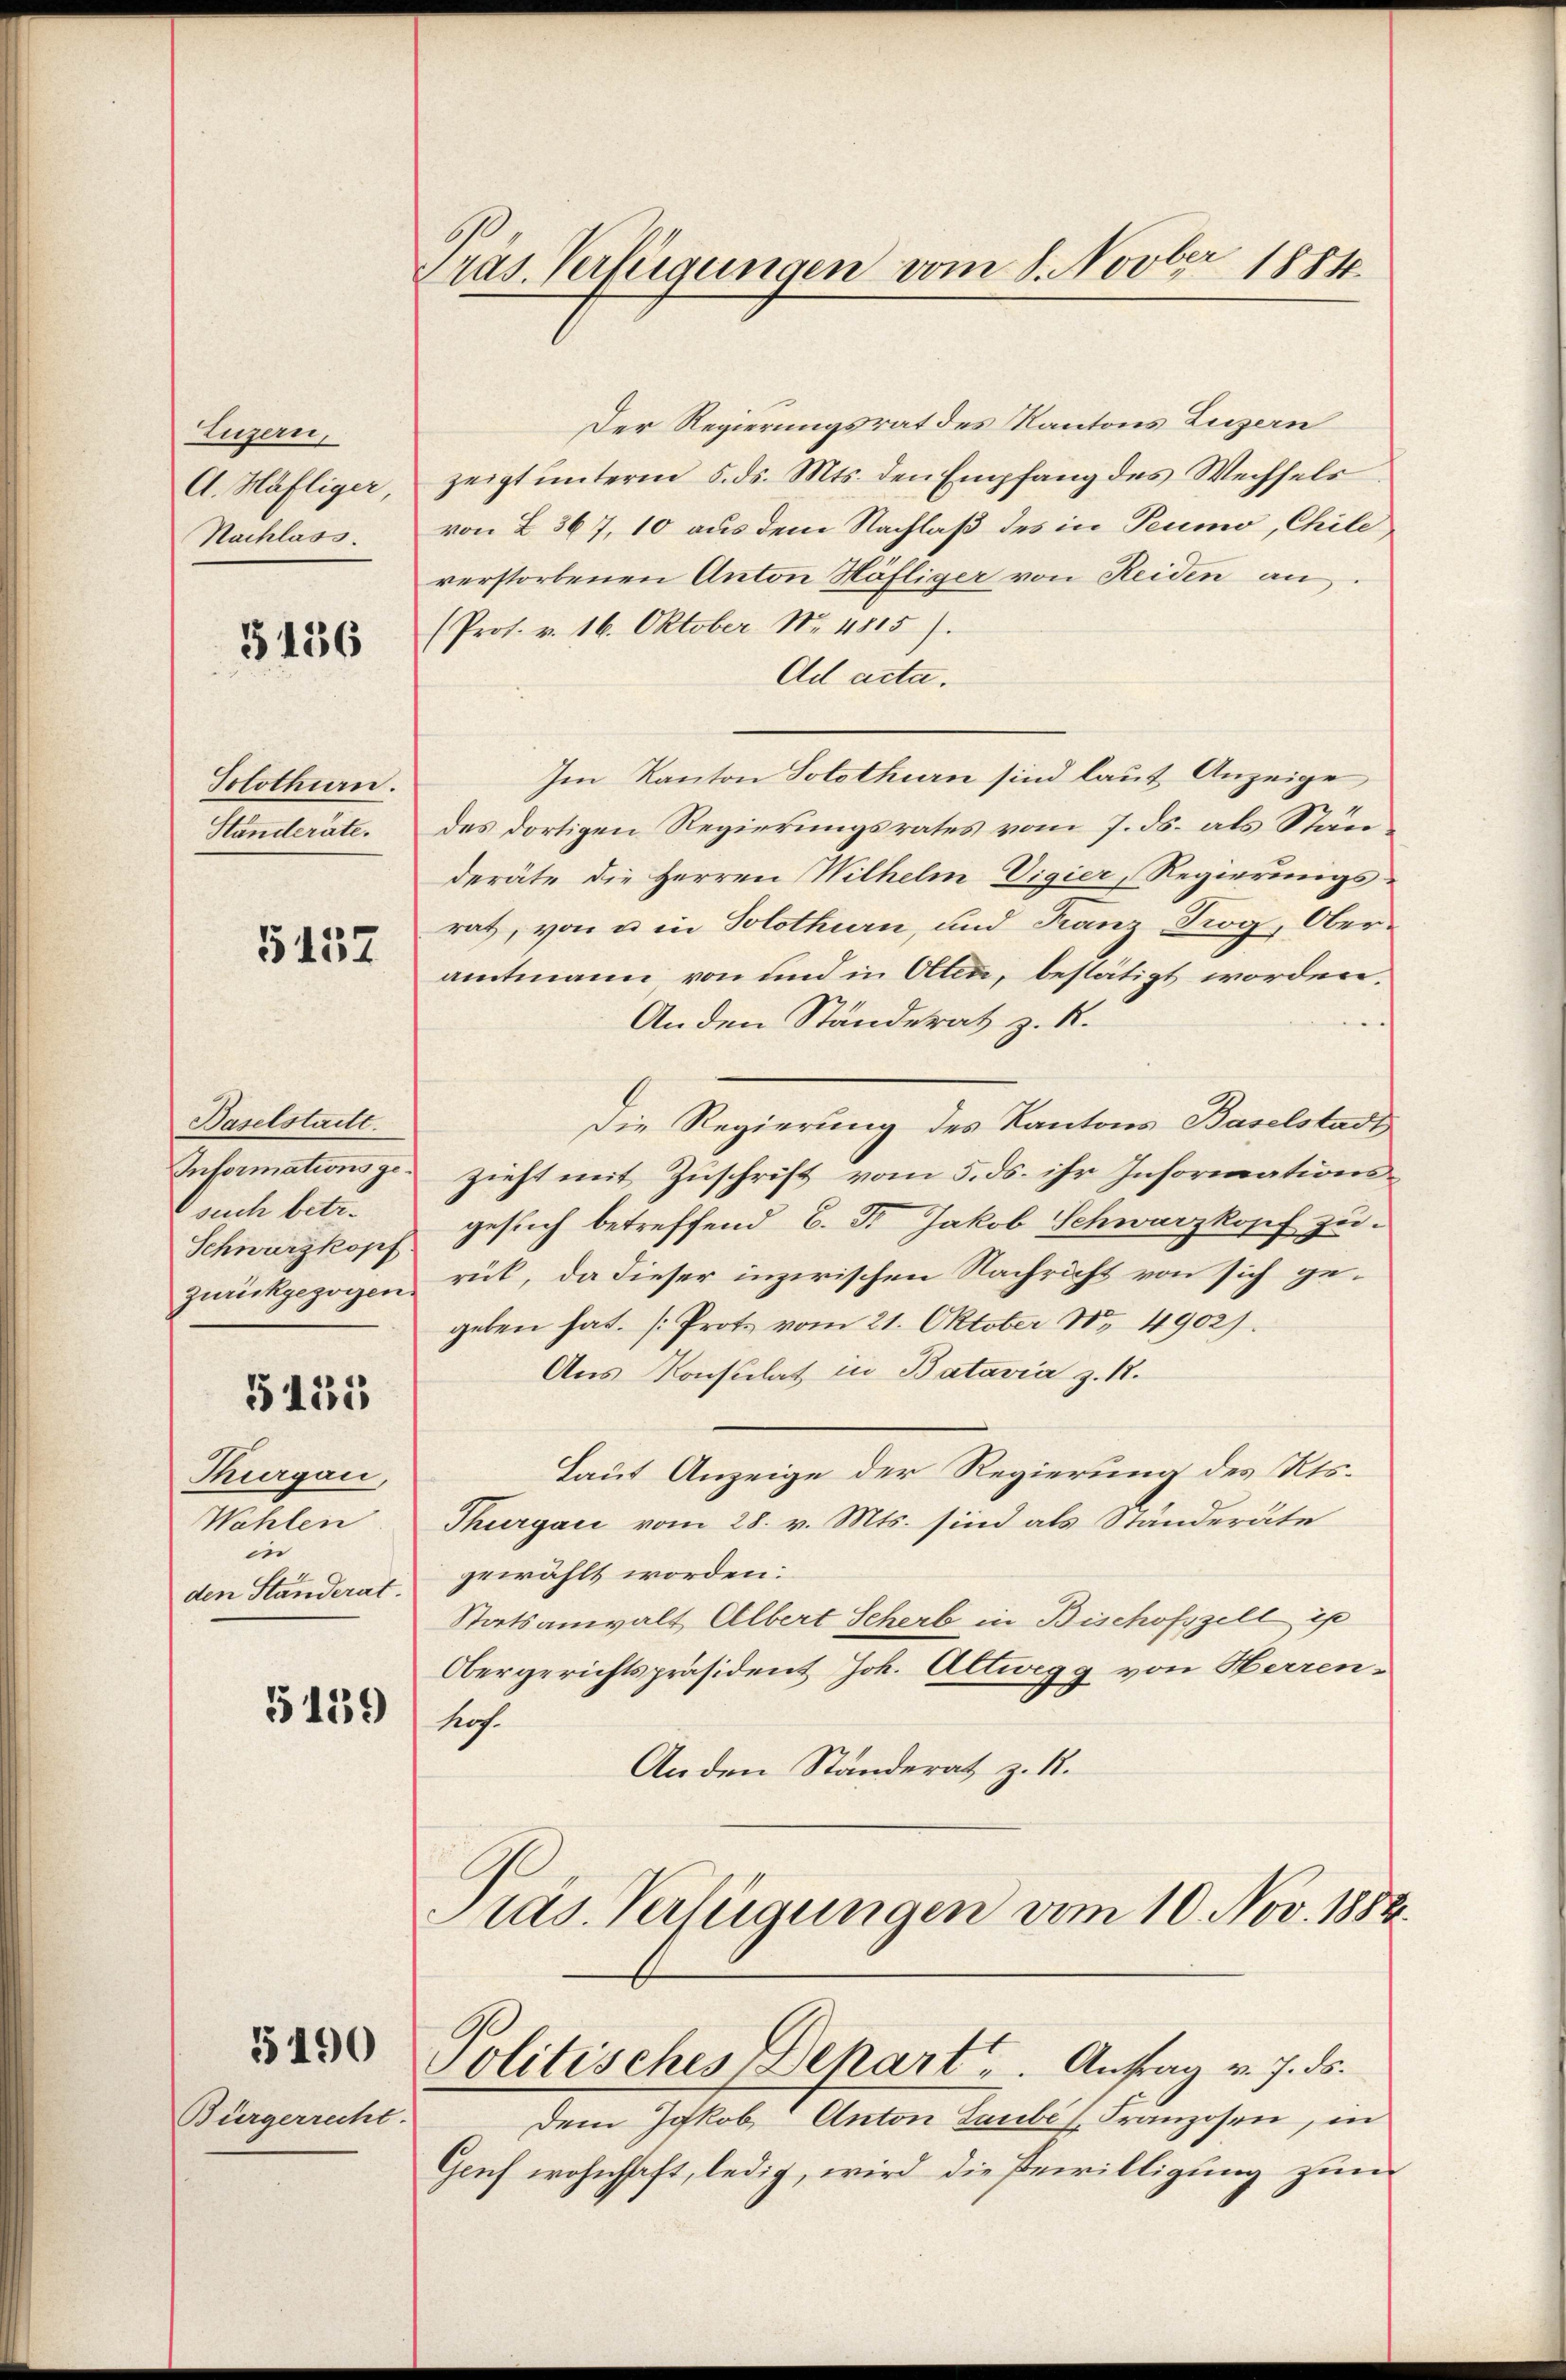
Luzern,
A. Häfliger
Nachlass

5136

Solothurn.
Ständeräte.

5152

Baselstailt.
Informationsge¬
 such betr.
Schwarzkopf
zurückgezogen

5135

Thurgau,
Wahlen
in
den Ständerat.

5159

5190

Bürgerrecht.

Präs. Verfügungen vom 8. Novber 1884.

Der Regierungsrat des Kantons Luzern
zeigt unterm 5. ds. Mts. den Empfang des Wechsels
von Z. 367, 10 aus dem Nachlaß des in Teumo, Chile,
verstorbenen Anton Höfliger von Reiden an.
(Prof. v. 16. Oktober No. 4815).
Ad acta.
Im Kanton Solothurn sind laut Anzeige
des dortigen Regierungsrates vom 7. ds. als Ständeräte die Herren Wilhelm Vigier, Regierungs-
rat, von u in Solothurn, und Franz Frog, Oberamtmann von und in Alten, bestätigt worden.
Anden Ständerath z. R.
Die Regierung des Kantons Baselstadt
zieht mit Zuschrift vom 5. ds. ihr Informationsgesich betreffend C. Fr. Jakob Schwarzkopf zu-
rüt, da dieser inzwischen Nachricht von sich gegeben hat. [Proto vom 21. Oktober Nr 4902).
Aus Konsulat in Batavia z. 12.
Laut Anzeige der Regierung des Kts.
Thurgau vom 28. v. Mts. sind als Ständeräte
gewählt worden:
Statsanwalt Albert Scherb in Bischofszell is
Obergerichtspräsident Joh. Altwegg von Herrenhies.
Anden Standerat z. R.
Pras. Verfügungen vom 10. Nov. 1888.
Politisches Dehart. Antrag v. 7. ds.
Dem Jakob Anton Laube (Franzosen, in
Genf wohnhaft, ledig, wird die Bewilligung zum